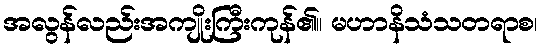
အလွန်လည်းအကျိုးကြီးကုန်၏။ မဟာနိသံသတရာစ၊